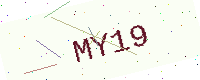
Text: MY19